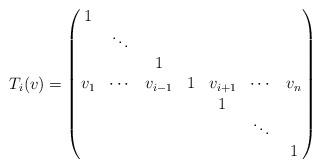
LaTeX: \begin{align*} T_i(v) = \begin{pmatrix} 1\\ & \ddots\\ & & 1\\ v_1 & \cdots & v_{i-1} & 1 & v_{i+1} & \cdots & v_n \rlap{\qquad}\\ &&&& 1\\ &&&&& \ddots\\ &&&&&& 1 \end{pmatrix}\end{align*}